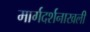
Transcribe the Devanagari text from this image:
मार्गदर्शनाखली